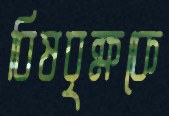
বিষবৃক্ষকে